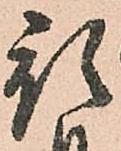
預